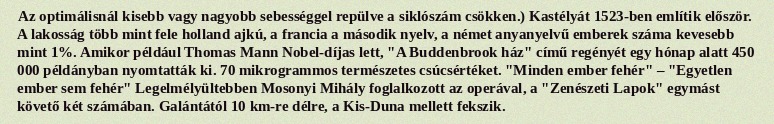
Az optimálisnál kisebb vagy nagyobb sebességgel repülve a siklószám csökken.) Kastélyát 1523-ben említik először. A lakosság több mint fele holland ajkú, a francia a második nyelv, a német anyanyelvű emberek száma kevesebb mint 1%. Amikor például Thomas Mann Nobel-díjas lett, "A Buddenbrook ház" című regényét egy hónap alatt 450 000 példányban nyomtatták ki. 70 mikrogrammos természetes csúcsértéket. "Minden ember fehér" – "Egyetlen ember sem fehér" Legelmélyültebben Mosonyi Mihály foglalkozott az operával, a "Zenészeti Lapok" egymást követő két számában. Galántától 10 km-re délre, a Kis-Duna mellett fekszik.